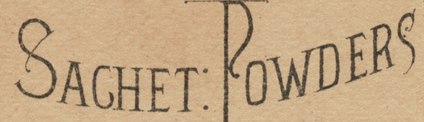
SACHET:POWDERS